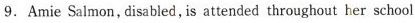
9. Amie Saimon,disabled,is attended throughout her school